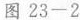
图23-2